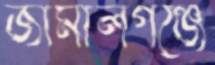
জামালগঞ্জে